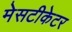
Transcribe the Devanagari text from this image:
मेसटीकेटर